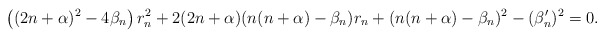
\begin{align*}\left((2n+\alpha)^2 -4\beta_n \right)r_n^{2}+2(2n+\alpha)(n(n+\alpha)-\beta_n)r_n+(n(n+\alpha)-\beta_n)^{2} -(\beta_n')^{2}=0.\end{align*}